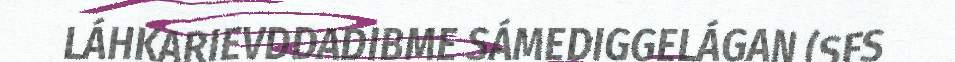
LÁHKARIEVDDADIBME SÁMEDIGGELÁGAN (SFS